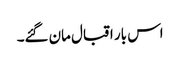
اس بار اقبال مان گئے۔